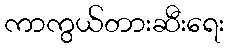
ကာကွယ်တားဆီးရေး